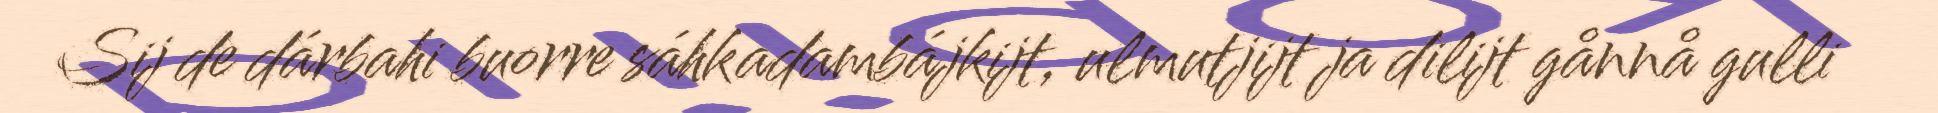
Sij de dárbahi buorre sáhkadambájkijt, ulmutjijt ja dilijt gånnå gulli